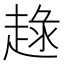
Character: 𧼢